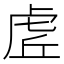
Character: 虗